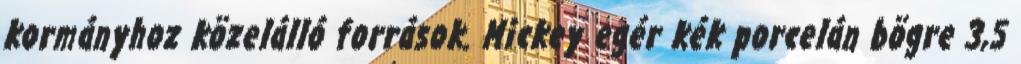
kormányhoz közelálló források. Mickey egér kék porcelán bögre 3,5